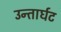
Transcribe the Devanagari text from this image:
उन्तार्घट